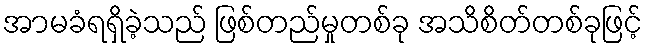
အာမခံရရှိခဲ့သည် ဖြစ်တည်မှုတစ်ခု အသိစိတ်တစ်ခုဖြင့်